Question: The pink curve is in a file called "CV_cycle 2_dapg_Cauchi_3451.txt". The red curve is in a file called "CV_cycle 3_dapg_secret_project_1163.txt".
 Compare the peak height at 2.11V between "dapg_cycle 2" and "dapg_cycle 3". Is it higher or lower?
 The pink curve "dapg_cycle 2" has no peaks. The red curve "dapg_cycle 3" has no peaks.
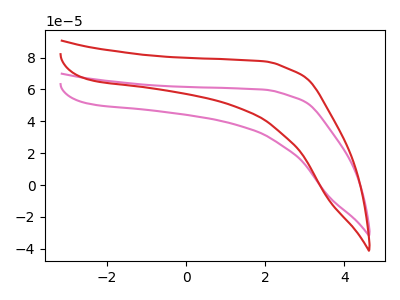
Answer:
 <answer>"dapg_cycle 2" and "dapg_cycle 3" dont share a peak at 2.11V.</answer>
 <eval>mismatch</eval>